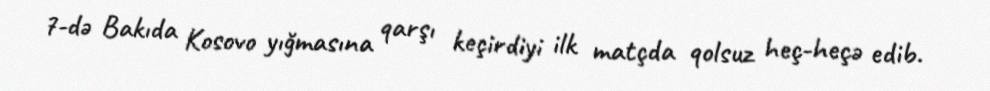
7-də Bakıda Kosovo yığmasına qarşı keçirdiyi ilk matçda qolsuz heç-heçə edib.